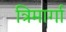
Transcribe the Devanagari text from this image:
त्रिमार्गा